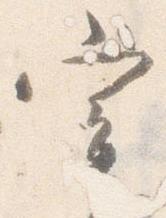
宰